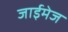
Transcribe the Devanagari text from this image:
जाईमेज